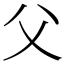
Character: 父